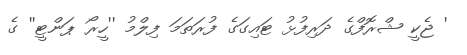
' ޖެކީ ޝްރޮފްގެ ދަރިފުޅު ޓައިގަގެ ފުރަތަމަ ފިލްމު ''ހީރޯ ޕަންޓީ'' ގެ